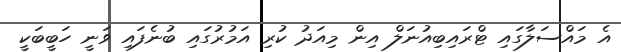
އެ މައްސަލާގައި ޓްރައިބިއުނަލް އިން މިއަދު ކުރި އަމުރުގައި ބުނެފައި ވަނީ ހަބީބަކީ